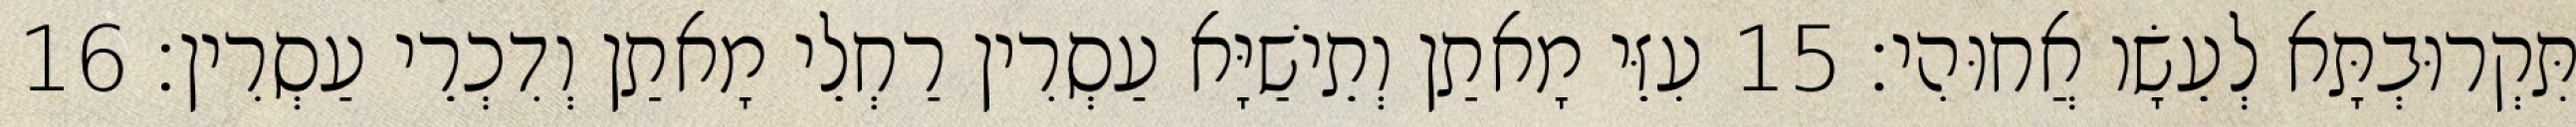
תִּקְרוּבְתָּא לְעֵשָׂו אֲחוּהִי׃ 15 עִזֵּי מָאתַן וְתֵישַׁיָּא עַסְרִין רַחְלֵי מָאתַן וְדִכְרֵי עַסְרִין׃ 16